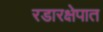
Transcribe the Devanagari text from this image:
रडारक्षेपात